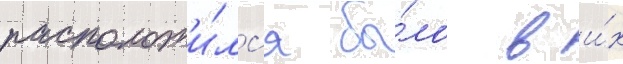
расположи́лс'я бы́ло в и́х